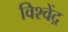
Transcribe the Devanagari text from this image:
विश्वेंद्र